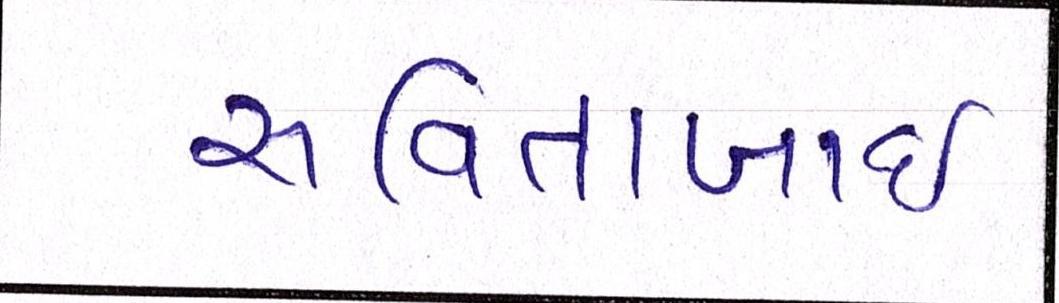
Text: સવિતાબાઇ